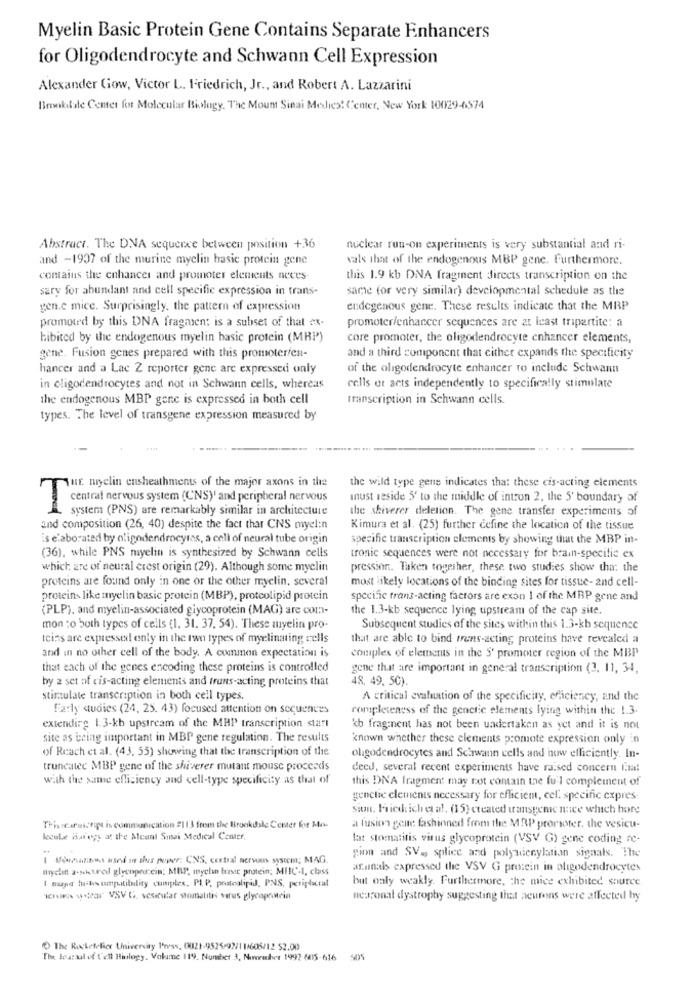
Myelin Basic Protein Gene Contains Separate Enhancers
for Oligodendrocyte and Schwann Cell Expression
Alexander Gow, Victor L. Friedrich, Jr ., and Robert A. Lazzarini
Brookdale Center for Molecular Biology, The Mount Sinai Medical Center, New York 10029-6574
Abstract. The DNA sequence between position +36
nuclear run-on experiments is very substantial and ri-
and -1937 of the murine myelin basic protein gene
vals that of the endogenous MBP gene. Furthermore.
contains the enhancer and promoter elements neces
this 1.9 kb DNA fragment directs transcription on the
sary for abundant and cell specific expression in trans-
same for very similar) developmental schedule as the
gen.c mice. Surprisingly, the pattern of expression
endogenous gene. These results indicate that the MBP
promoted by this DNA fragasen: is a subset of that ex.
promoter/enhancer sequences are at least tripartite: a
hibited by the endogenous myelin basic protein (MBP')
core promoter, the oligodendrocyte enhancer elements,
gene. Fusion genes prepared with this promoter/en-
and a third component that cither expands the specificity
hancer and a Lae 2 reporter gene are expressed only
of the oligodendrocyte enhancer to include Schwann
in oligodendrocytes and not in Schwann cells, whereas
cells et acts independently to specifically stimulate
the endogenous MBP gene is expressed in both cell
transcription in Schwann cells.
types. The level of transgene expression measured by
Sur myelin ensheathments of the major axons in the
the wild type gene indicates that these cis-acting elements
must reside 5' to the middle of intron 2, the 5' boundary of
central nervous system (CNS) and peripheral nervous
system (PNS) are remarkably similar in architecture
the shiverer deletion. The gene transfer experiments of
and composition (26, 40) despite the fact that CNS myel:n
Kimura et al. (25) further define the location of the tissue
is elaborated by oligodendrocytes, a cell of neural tube origin
specific transcription elements by showing that the MBP in-
(36), while PNS myelin is synthesized by Schwann cells
tronic sequences were not necessary for brain-specific ex
which are of neural crest origin (29). Although some myelin
pression. Taken together, these two studies show tha: the
proteins are found only in one or the other myelin, several
most likely locations of the binding sites for tissue- and cell-
proteins like myelin basic protein (MBP), proteolipid protein
specific trans-acting factors are exon I of the MRP gene and
(PLP), and myelin-associated giycoprotein (MAG) are com-
the 1.3-kb sequence lying upstream of the cap site.
mon :o both types of cells (1. 31. 37. 54). These myelin pro-
Subsequent studies of the sites within this 1.3-kb sequence
teins are expressed only in the ran types of myelinating cells
that are able to bind trans-acting proteins have revealed a
and in no other cell of the body. A common expectation is
complex of elements in the S' promoter region of the MBP
that each of the genes encoding these proteins is controlled
gene that are important in general transcription (2, 11, 34,
by 2 set of cis-acting elements and trans-acting proteins that
48. 49. 50).
stimulate transcription in both cell types.
A critical evaluation of the specificity, efficiency, and the
Farly studies (24, 25. 43) focused attention on sequences
completeness of the genetic elements lying within the 1.3.
extendire 1.3-kb upstream of the MBP transcription start
kb fragment has not been undertaken as yet and it is not
site as being important in MBP gene regulation. The results
known whether these elements promote expression only in
of Reach et al. (43. 55) showing that the transcription of the
oligodendrocytes and Schwann cells and now efficiently. In-
truncated MBP gene of the shiverer mutant mouse proceeds
decd, several recent experiments have raised concern final
with the same efficiency and cell-type specificity as that of
this DNA fragment may not contain the fu'l complement of
genetic elements necessary for efficient, cel. specific expres-
sion. Fick ich et al. (15) created tansyeme nice which hore
This :caruscript is communication 2113 from the Brookdale Cemer for Mus
a fusion geite fashioned from the MRP prorioter, the vesicu-
lecule Hategy at the Meant Sinai Medical Center,
lat stomatitis virus glycoprotein (VSV G) gene coding re-
1 Veznos used in thes poper, CNS, central nervous system; MAG
gion and SV. splice and polyadceylation signals. The
myelin a-skured glycoporcin: MBP, myelin baset protein; MIIC-1, class
arunals expressed the VSV G protein in oligodendrocytes
but only weakly. Furthermore, the mice exhibited source
I sand th umptibility cumples. Pl. P. pratoalipid, PNS, petiplictal
* War VSV G, vesicular stomatitis virus glycoprowein
neuronal dystrophy suggesting that neurons were affected by
The Rockefeller University Press, CHIZ1-9525/92/1 1/605/12 52.00
The Hearsal of t'ell Hirlogy. Volume 119. Number 3, Nonruher 1992 6015-616
405